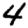
Digit: 4